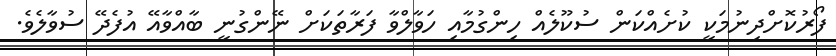
ފޯރުކޮށްދިނުމަކީ ކުށެއްކަން ސުކޫލެއް ހިންގުމާއި ހަވާލްވާ ފަރާތަކަށް ނޭންގުނީ ބާއްވާއޭ އުފެދޭ ސުވާލެވެ.